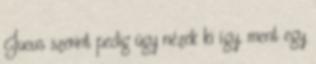
Jucus szerint pedig úgy nézek ki így, ment egy